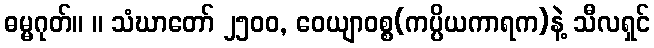
ဓမ္မဂုတ်။ ။ သံဃာတော် ၂၅၀၀, ဝေယျာဝစ္စ(ကပ္ပိယကာရက)နဲ့ သီလရှင်